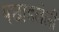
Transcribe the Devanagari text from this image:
पछाडलेली